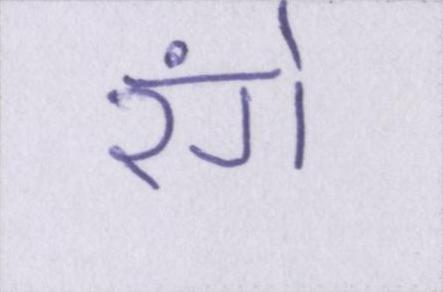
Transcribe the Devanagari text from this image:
रंगे